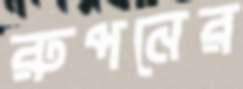
রুপনের